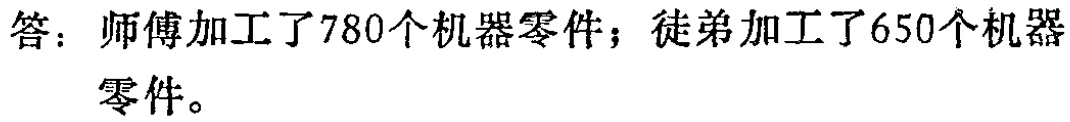
答：师傅加工了780个机器零件；徒弟加工了650个机器零件。